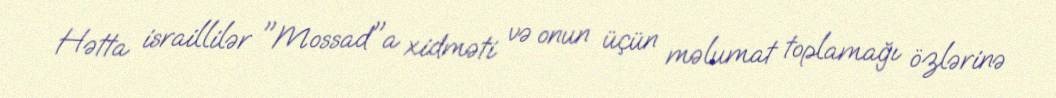
Hətta israillilər "Mossad"a xidməti və onun üçün məlumat toplamağı özlərinə